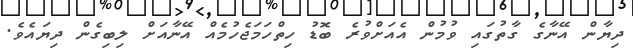
ދިޔާން އޭނާގެ ގާތުގައި ވުމުން އެއަށްވުރެ ބޮޑު ހިތްހަމަޖެހުމެއް އޭނާއަށް ލިބިގެން ދިޔައެވެ.